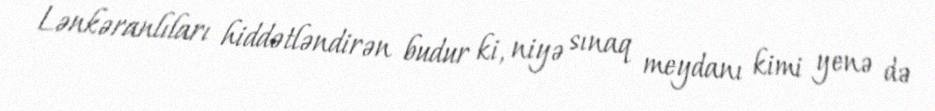
Lənkəranlıları hiddətləndirən budur ki, niyə sınaq meydanı kimi yenə də